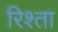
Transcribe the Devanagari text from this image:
रिश्‍ता